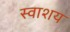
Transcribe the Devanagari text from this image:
स्वाशय